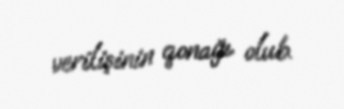
verilişinin qonağı olub.